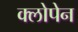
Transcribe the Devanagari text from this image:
क्लोपेन